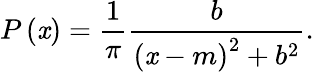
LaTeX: P\left(\mathit{x}\right)=\frac{{1}}{{\pi}}\frac{{b}}{{\left(\mathit{x}-m\right)^{2}+b^{2}}}.